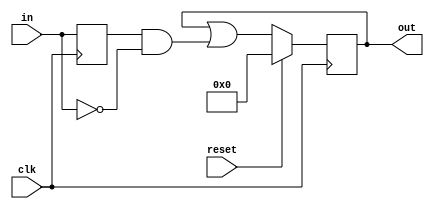
module top_module (
    input clk,
    input reset,
    input [31:0] in,
    output [31:0] out
);
    reg [31:0] temp;
    always @(posedge clk) begin
        temp <= in;
        out <= reset?8'h0:out|(temp&~in);
    end
    
endmodule